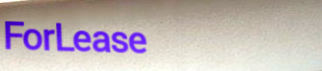
ForLease